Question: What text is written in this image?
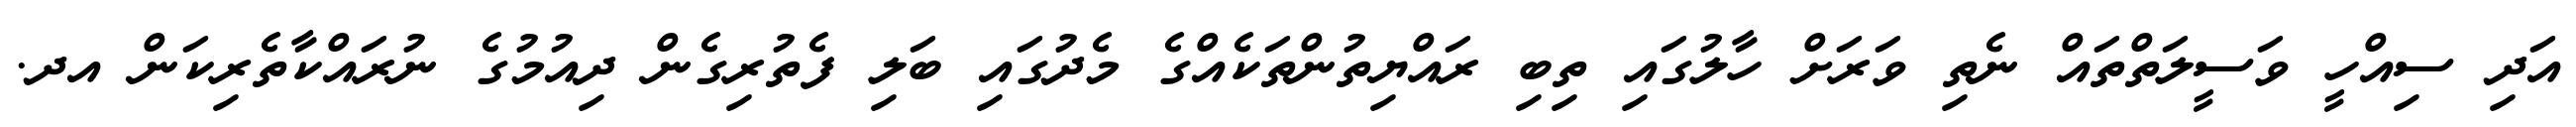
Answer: އަދި ސިއްހީ ވަސީލަތްތައް ނެތި ވަރަށް ހާލުގައި ތިބި ރައްޔިތުންތަކެއްގެ މެދުގައި ބަލި ފެތުރިގެން ދިއުމުގެ ނުރައްކާތެރިކަން އދ.